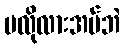
မလိုလားအပ်ဘဲ